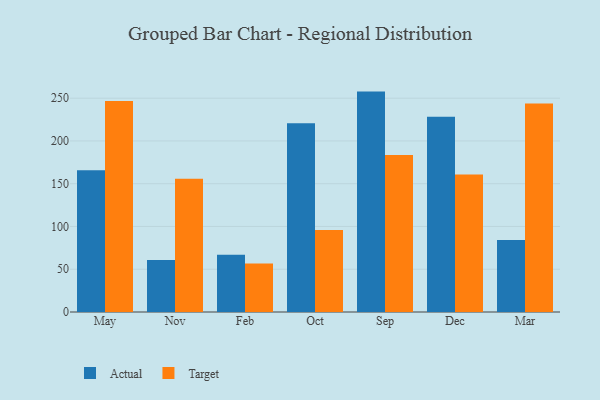
{"axis": {"x": "Month", "y": "Backlog"}, "legend": ["Actual", "Target"], "data": [{"x": "May", "y": 165.7, "type": "Actual"}, {"x": "May", "y": 246.7, "type": "Target"}, {"x": "Nov", "y": 60.8, "type": "Actual"}, {"x": "Nov", "y": 155.9, "type": "Target"}, {"x": "Feb", "y": 66.8, "type": "Actual"}, {"x": "Feb", "y": 56.7, "type": "Target"}, {"x": "Oct", "y": 220.6, "type": "Actual"}, {"x": "Oct", "y": 95.9, "type": "Target"}, {"x": "Sep", "y": 257.7, "type": "Actual"}, {"x": "Sep", "y": 183.7, "type": "Target"}, {"x": "Dec", "y": 228.4, "type": "Actual"}, {"x": "Dec", "y": 160.9, "type": "Target"}, {"x": "Mar", "y": 84.2, "type": "Actual"}, {"x": "Mar", "y": 243.9, "type": "Target"}]}